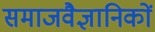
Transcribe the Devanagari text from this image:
समाजवैज्ञानिकों